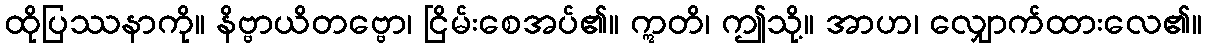
ထိုပြဿနာကို။ နိဗ္ဗာယိတဗ္ဗော၊ ငြိမ်းစေအပ်၏။ ဣတိ၊ ဤသို့။ အာဟ၊ လျှောက်ထားလေ၏။